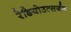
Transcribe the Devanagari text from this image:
रेडियोउत्सर्जन